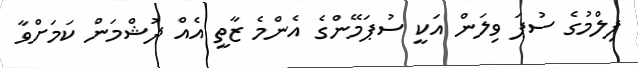
ފިލްމުގެ ސުޕަ ވިލަން އަކީ ސުޕަމޭންގެ އެންމެ ޒާތީ އެއް ދުޝްމަން ކަމަށްވާ